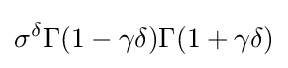
\sigma ^{\delta }\Gamma (1-\gamma \delta )\Gamma (1+\gamma \delta )